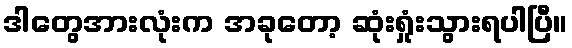
ဒါတွေအားလုံးက အခုတော့ ဆုံးရှုံးသွားရပါပြီ။